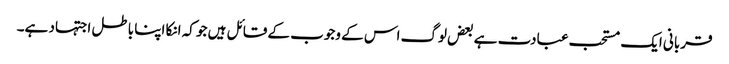
قربانی ایک مستحب عبادت ہے بعض لوگ اس کے وجوب کے قائل ہیں جو کہ انکا اپنا باطل اجتہاد ہے۔